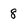
Character: 8